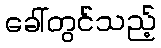
ခေါ်တွင်သည့်